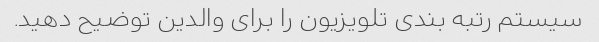
سیستم رتبه بندی تلویزیون را برای والدین توضیح دهید.